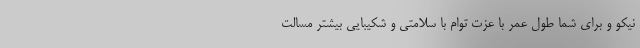
نیکو و برای شما طول عمر با عزت توام با سلامتی و شکیبایی بیشتر مسالت